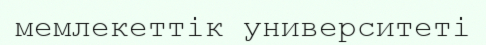
мемлекеттік университеті